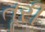
તૂરી